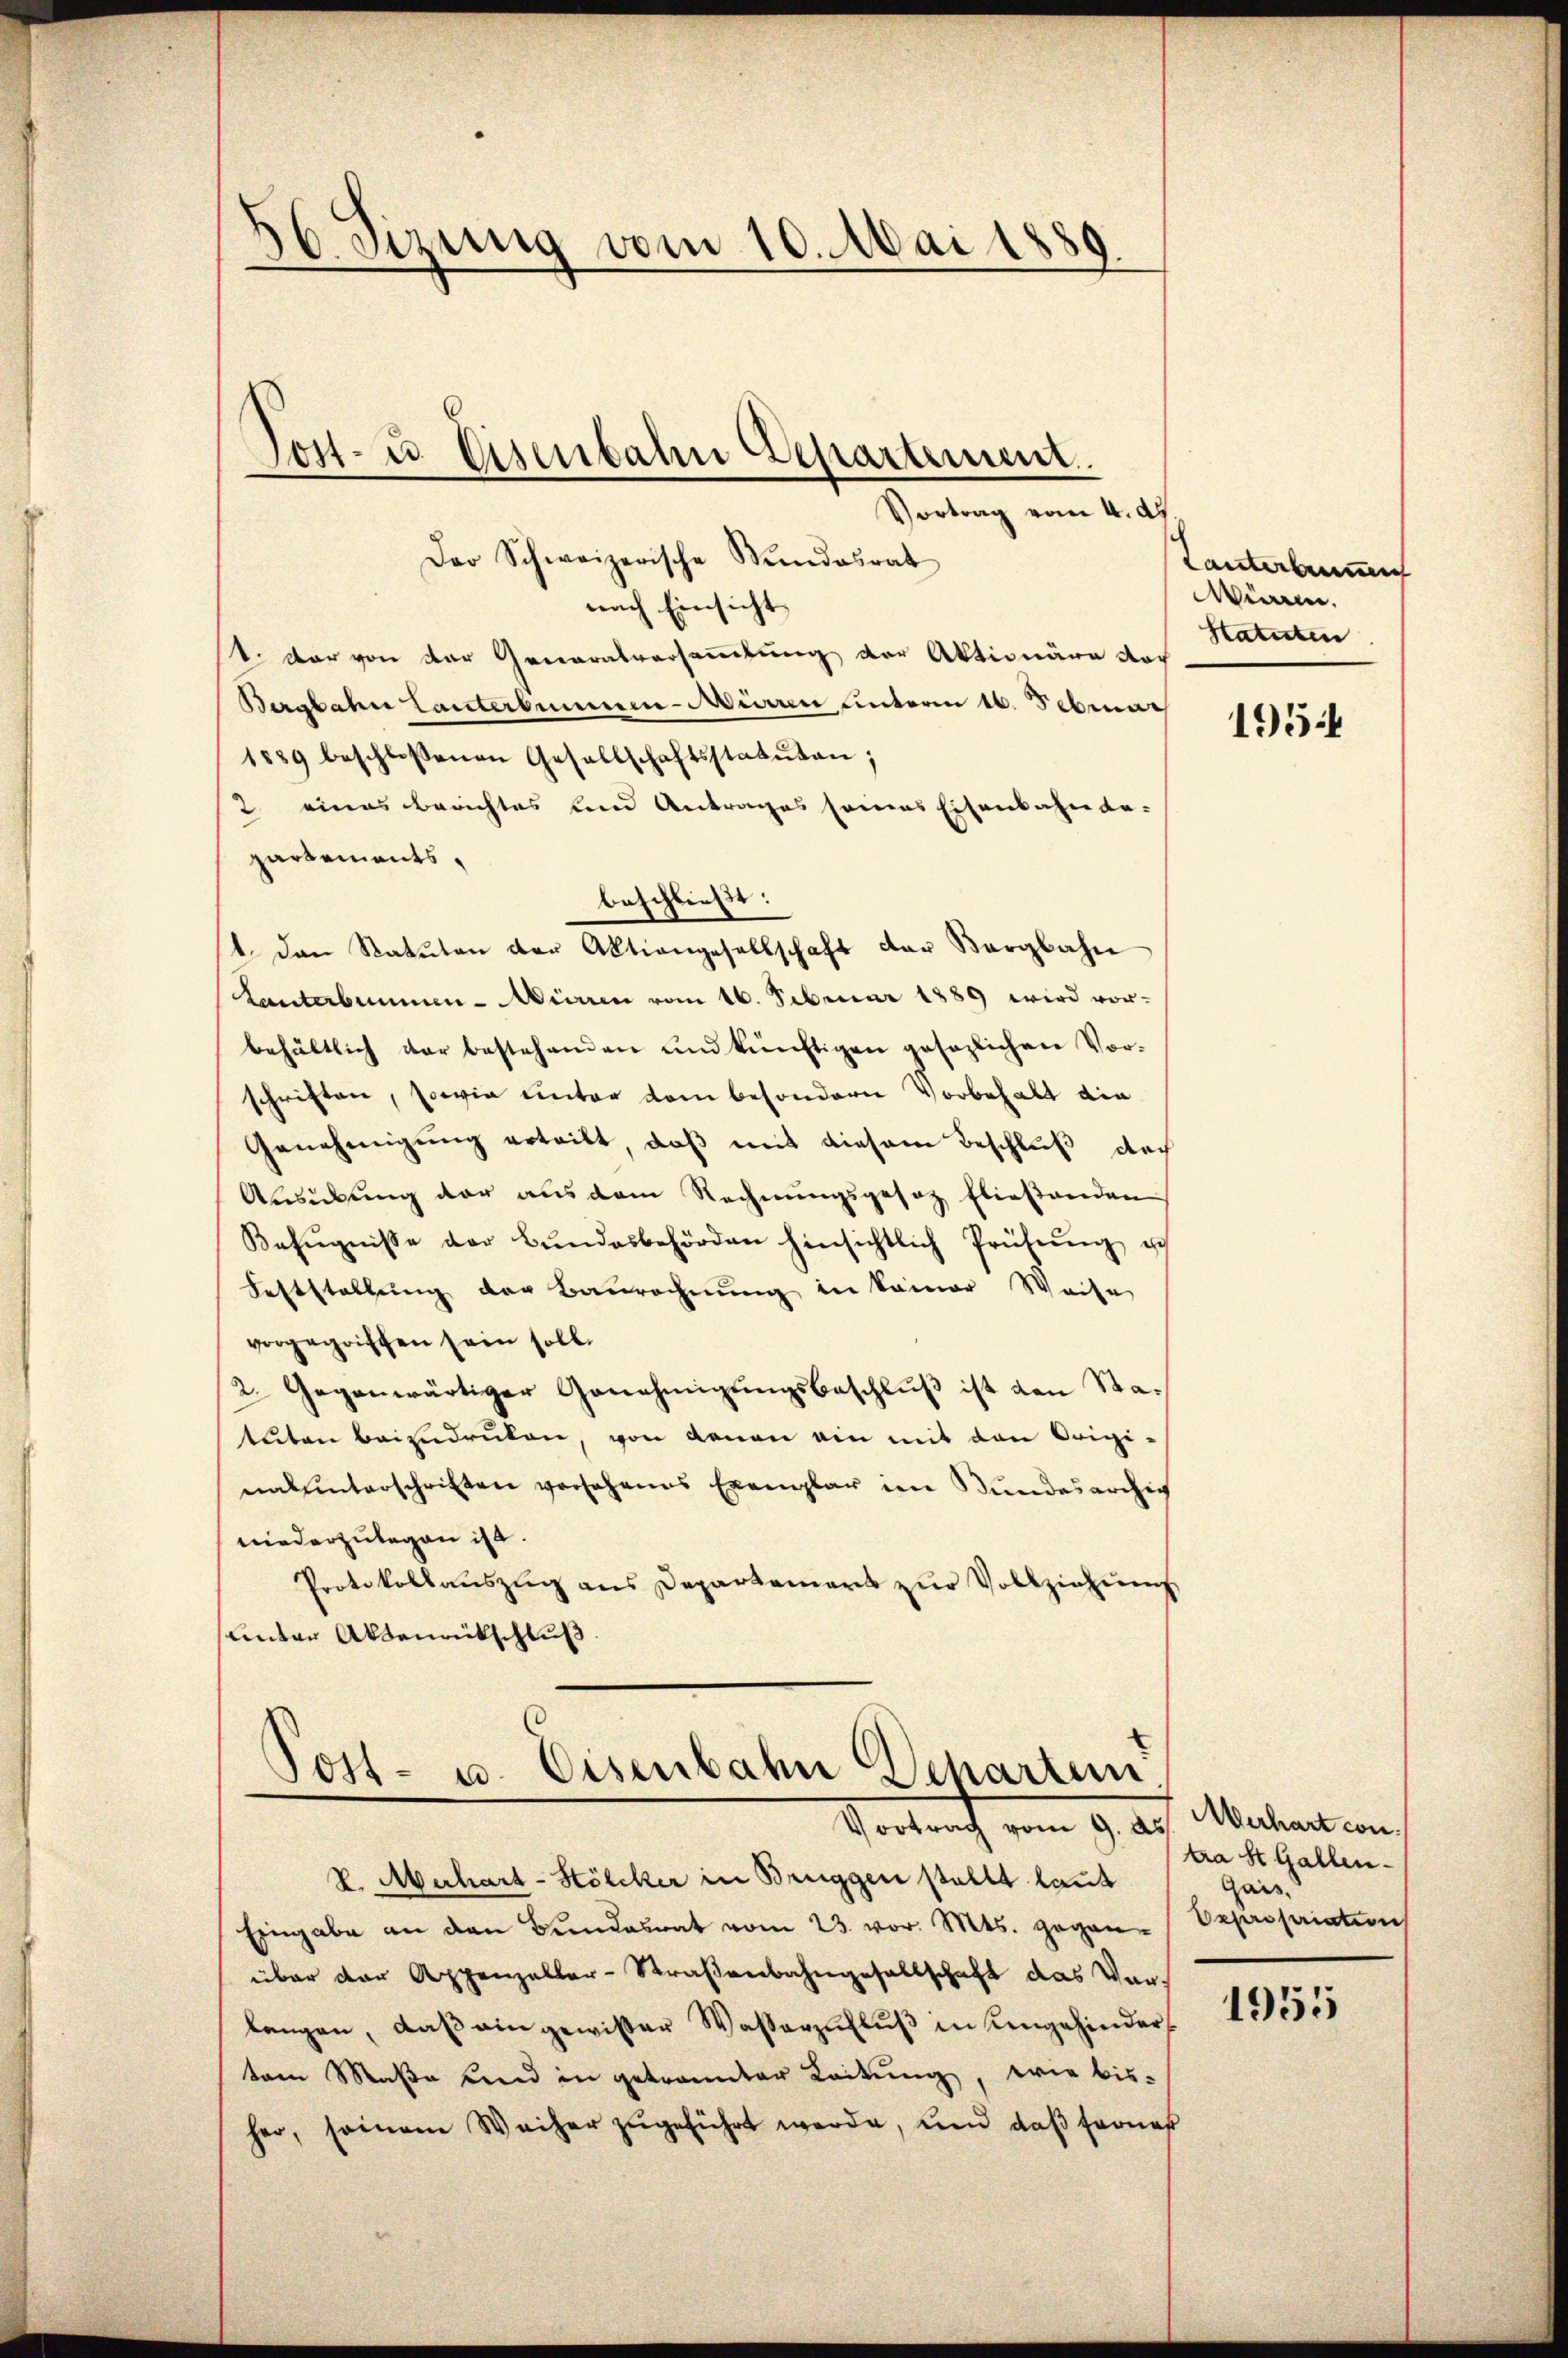
56 Sizung vom 10. Mai 1889.

Der Schweizerische Stundesrat
nach Einsicht
1. Der von der Generalversammlung der Aktionäre noch
Bergbahn lauterbummer-Mürren unterm 16. Februar
1889 beschlossenen Gesellschaftsstatuten;
2 eines Berichtes und Antrages seines Eisenbahnde-
partements.
beschließt:
1. Den Statuten der Aktiengesellschaft der Bergbahn
Lanterbummen-Aierren vom 16. Februar 1889 wird vor-
behältlich der bestehenden und künftigen gesezlichen Vor-
schriften, sowie unter dem besondern Vorbehalt die
Genehmigung erteilt, daß mit diesem Beschluß der
Ausübung der aus dem Rechnungsgesetz fließenden
Befugnisse der Bŭndesbehörden hinsichtlich Prüfŭng u
Feststellung der Baurechnung in keiner Weise
vorgegriffen sein soll.
2. Gegenwärtiger Genehmigungsbeschluß ist den Statuten beizudruken, von denen ein mit den Origi-
nalunterschriften vorsehenes Exemplar im Bundesarchig
niederzulegen ist.
Protokollaŭszŭg ans Departement zŭr Vollziehung
sunter Aktenrückschluß.

Jost- u. Eisenbahn Departement
Vortrag vom 4. Ap

Post- u. Eisenbahn Scharten
Vortrag vom 9. ds. erhart con

R. Aberhart-Hölcker in Bruggen stellt laut
Eingabe an den Bŭndesrat vom 23. vor. Mts. gegen-Expropriation
über der Appenzeller-Straßenbahngesellschaft das Verlangen, daß ein gewisser Wasserzufluß in eingehinder
tem Maße und in getrannter Leitŭng, wie bis-
her, seinem Weiher zugeführt werde, und daß ferner

Lanterbenen
winnen.
Statuten

1954

tra St. Gallen.
Gais.

1955